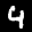
Label: 4